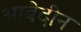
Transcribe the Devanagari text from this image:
आबेदीन